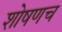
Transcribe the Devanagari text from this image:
शोषणच